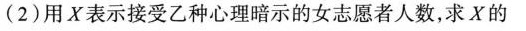
(2)用X表示接受乙种心理暗示的女志愿者人数，求X的